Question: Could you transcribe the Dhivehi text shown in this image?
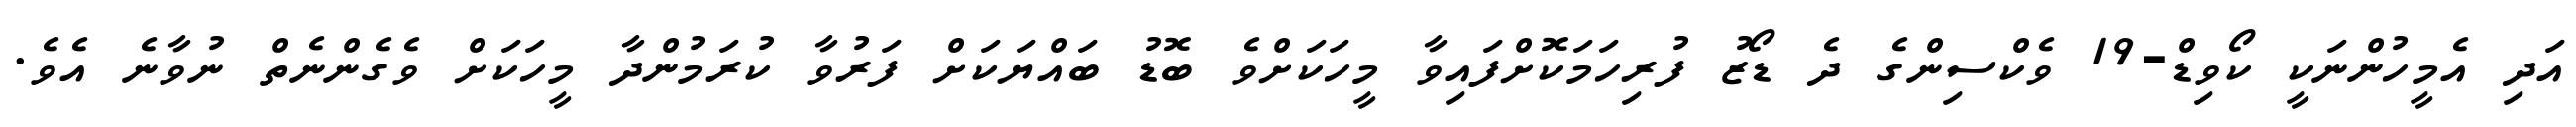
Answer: އަދި އެމީހުންނަކީ ކޯވިޑް-19 ވެކްސިންގެ ދެ ޑޯޒު ފުރިހަމަކޮށްފައިވާ މީހަކަށްވެ ބޮޑު ބައްޔަކަށް ފަރުވާ ކުރަމުންދާ މީހަކަށް ވެގެންނެތް ނުވާނެ އެވެ.